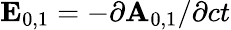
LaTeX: \mathbf{E}_{0,1}=-\partial\mathbf{A}_{0,1}/\partial ct